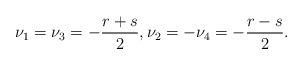
LaTeX: \begin{align*}\nu_1=\nu_3=-\frac{r+s}{2},\nu_2=-\nu_4=-\frac{r-s}{2}.\end{align*}